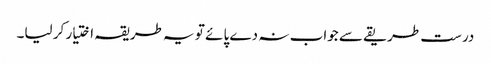
درست طریقے سے جواب نہ دے پائے تو یہ طریقہ اختیار کر لیا۔